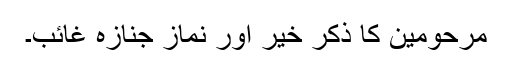
مرحومین کا ذکر خیر اور نماز جنازہ غائب۔